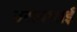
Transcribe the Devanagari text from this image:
वसनभाई